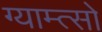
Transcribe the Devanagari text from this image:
ग्याम्त्सो